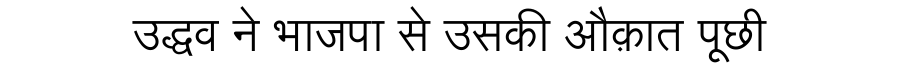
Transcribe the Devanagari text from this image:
उद्धव ने भाजपा से उसकी औक़ात पूछी